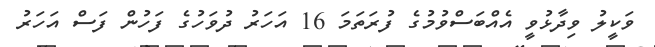
ވަކީލު ވިދާޅުވީ އެއްބަސްވުމުގެ ފުރަތަމަ 16 އަހަރު ދުވަހުގެ ފަހުން ފަސް އަހަރު